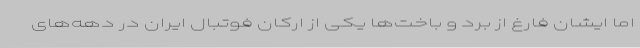
اما ایشان فارغ از برد و باخت‌ها یکی از ارکان فوتبال ایران در دهه‌های